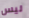
ليس